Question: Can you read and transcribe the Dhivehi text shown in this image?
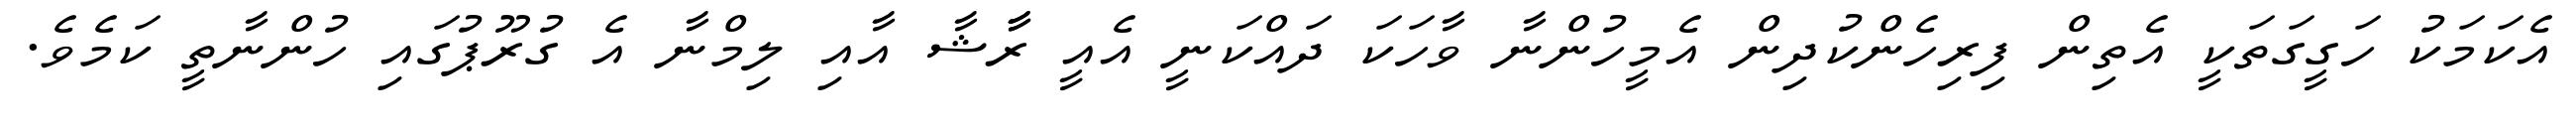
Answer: އެކަމަކު ހަގީގަތަކީ އެތިން ފިރިހެންކުދިން އެމީހުންނާ ވާހަކަ ދައްކަނީ އެއީ ރާާޝާ އާއި ލިމްނާ އެ ގުރޫޕުގައި ހުންނާތީ ކަމެވެ.